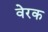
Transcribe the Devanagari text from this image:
वेरक